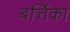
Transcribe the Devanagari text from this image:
बर्त्तिका